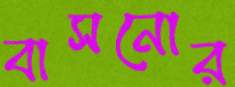
বাসনোর